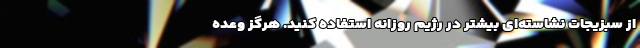
از سبزیجات نشاسته‌ای بیشتر در رژیم روزانه استفاده کنید. هرگز وعده